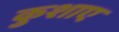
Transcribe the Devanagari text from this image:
कुशाए